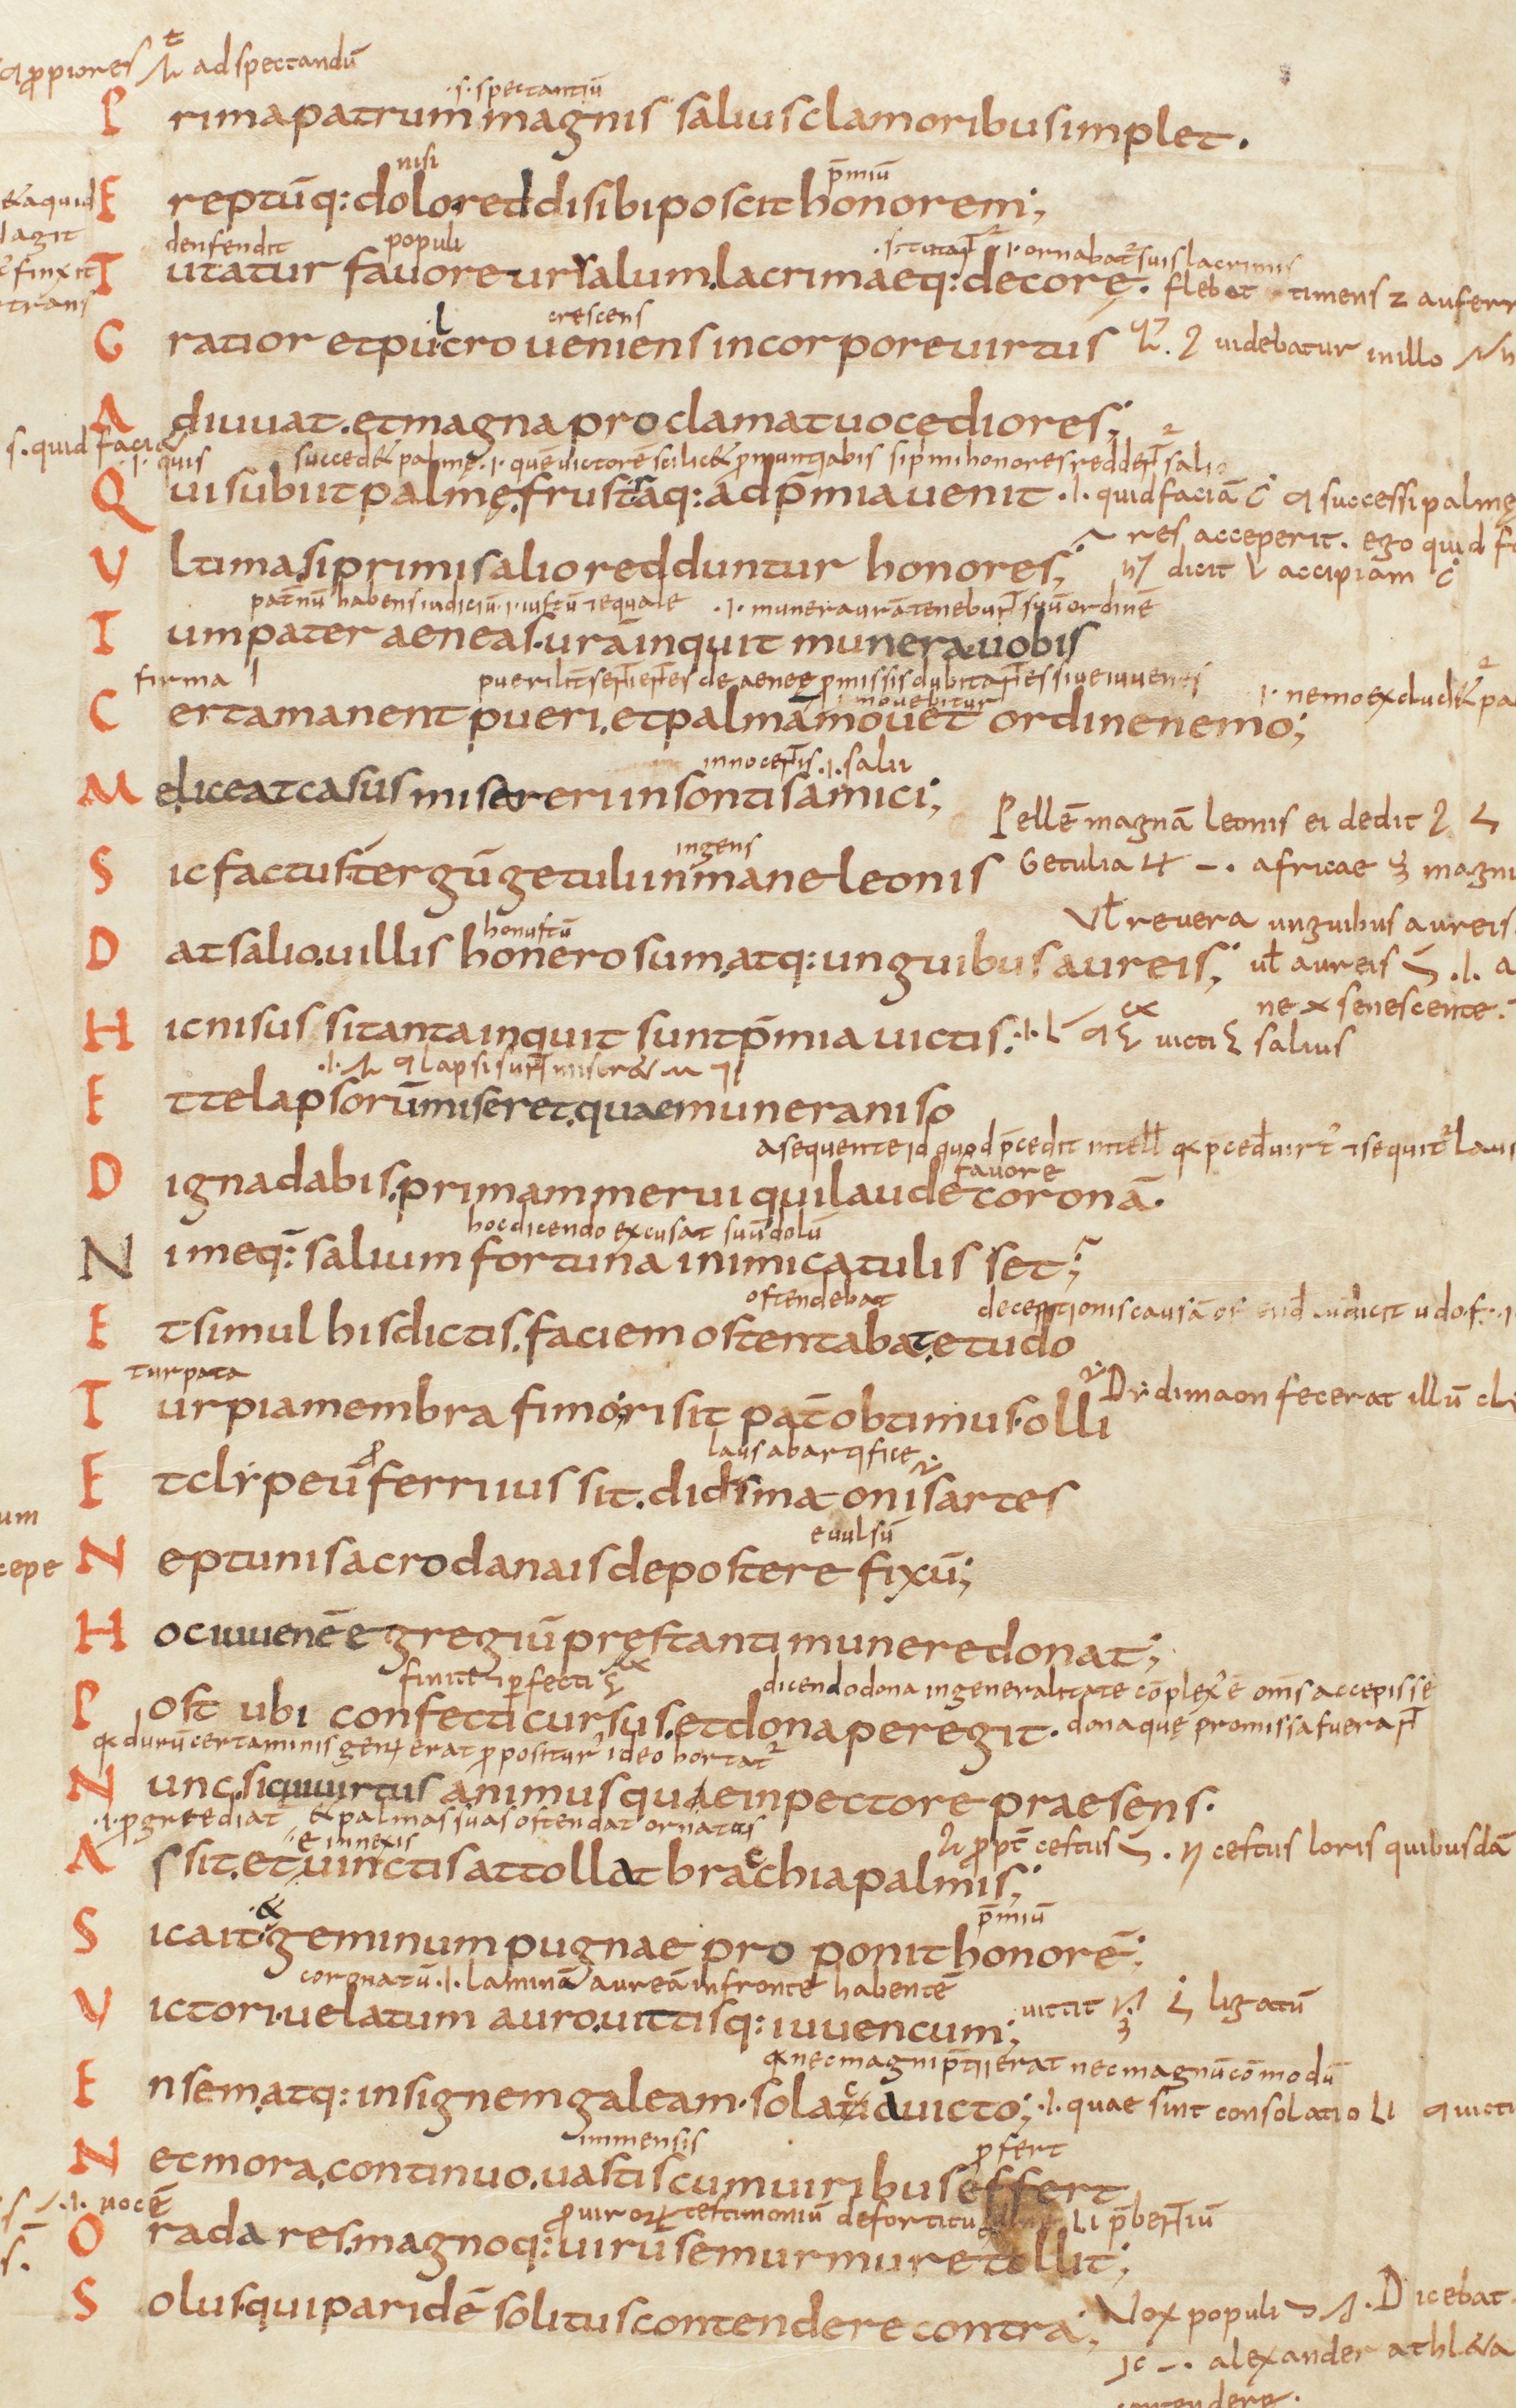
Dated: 825–849